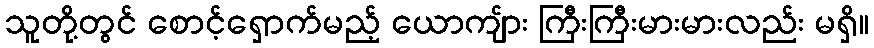
သူတို့တွင် စောင့်ရှောက်မည့် ယောကျ်ား ကြီးကြီးမားမားလည်း မရှိ။